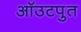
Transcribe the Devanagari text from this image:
ऑउटपुत